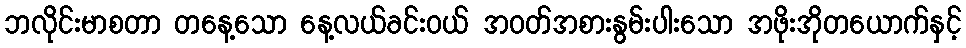
ဘလိုင်းမာစတာ တနေ့သော နေ့လယ်ခင်းဝယ် အဝတ်အစားနွမ်းပါးသော အဖိုးအိုတယောက်နှင့်